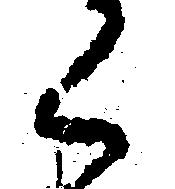
く